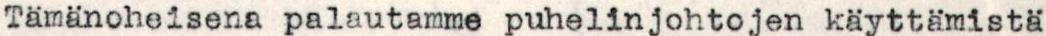
Tämän oheisena palautamme puhelinjohtojen käyttämistä